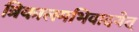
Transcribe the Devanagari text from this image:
त्रिकालमभिवादयेत्